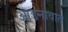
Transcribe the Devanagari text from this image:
आडनावात